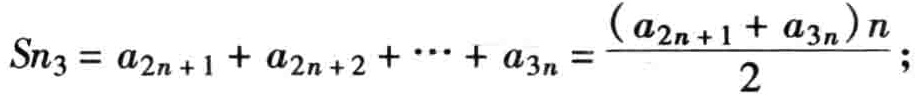
\[

S_{n3}=a_{2n + 1}+a_{2n + 2}+\cdots+a_{3n}=\frac{(a_{2n + 1}+a_{3n})n}{2};

\]